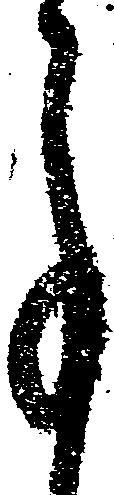
事